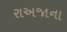
રાઅજાના